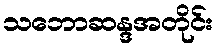
သဘောဆန္ဒအတိုင်း